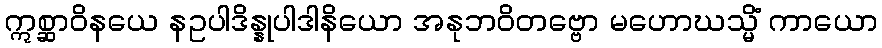
ဣစ္ဆာဝိနယေ နဥပါဒိန္နုပါဒါနိယော အနုဘဝိတဗ္ဗော မဟောဃသ္မိံ ကာယော